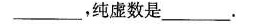
___，纯虚数是___.